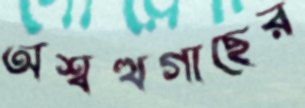
অশ্বত্থগাছের